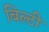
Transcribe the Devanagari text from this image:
बिल्टी